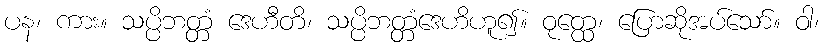
ပန၊ ကား။ သပ္ပိဘတ္တံ ဒေဟီတိ၊ သပ္ပိဘတ္တံဒေဟိဟူ၍။ ဝုတ္ထေ၊ ပြောဆိုအပ်သော်။ ဝါ၊